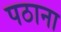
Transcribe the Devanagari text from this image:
पठाना